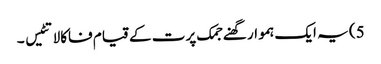
5) یہ ایک ہموار گھنے جمک پرت کے قیام فاکالاتٹیس ۔